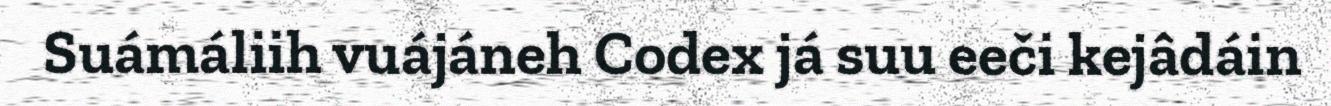
Suámáliih vuájáneh Codex já suu eeči kejâdáin